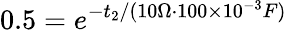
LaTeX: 0.5=e^{-t_{2}/(10\Omega\cdot 100\times 10^{-3}F)}